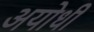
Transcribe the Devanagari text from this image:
अयोधी